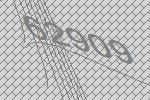
62909